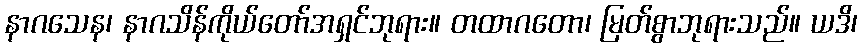
နာဂသေန၊ နာဂသိန်ကိုယ်တော်အရှင်ဘုရား။ တထာဂတော၊ မြတ်စွာဘုရားသည်။ ယဒိ၊